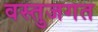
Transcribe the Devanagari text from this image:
वस्तुजगत